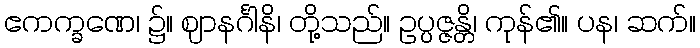
ဧကက္ခဏေ၊ ၌။ ဈာနင်္ဂါနိ၊ တို့သည်။ ဥပ္ပဇ္ဇန္တိ၊ ကုန်၏။ ပန၊ ဆက်။